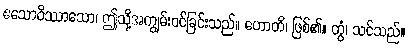
ဧသောဝိဿာသော၊ ဤသို့အကျွမ်းဝင်ခြင်းသည်။ ဟောတိ၊ ဖြစ်၏။ တွံ၊ သင်သည်။